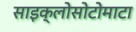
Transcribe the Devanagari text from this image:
साइक्लोसोटोमाटा